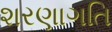
શરણાગતિ